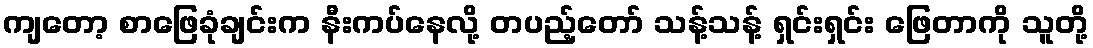
ကျတော့ စာဖြေခုံချင်းက နီးကပ်နေလို့ တပည့်တော် သန့်သန့် ရှင်းရှင်း ဖြေတာကို သူတို့